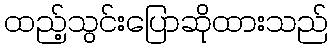
ထည့်သွင်းပြောဆိုထားသည်